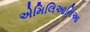
એમિલિઆનિઆ